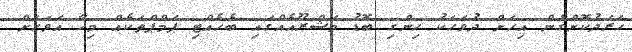
ހަރަދުކޮށްގެން އިހަށް ދުވަހަކު ހިންގި ބޮޑު މަޝްރޫއެއްގައި ބެހެއްޓި ޕަމްޕްތަކެއް މިހާ އަވަހަށް